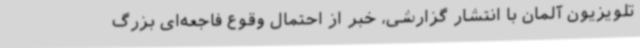
تلویزیون آلمان با انتشار گزارشی، خبر از احتمال وقوع فاجعه‌ای بزرگ